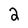
Character: 2